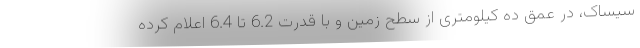
سیساک، در عمق ده کیلومتری از سطح زمین و با قدرت 6.2 تا 6.4 اعلام کرده